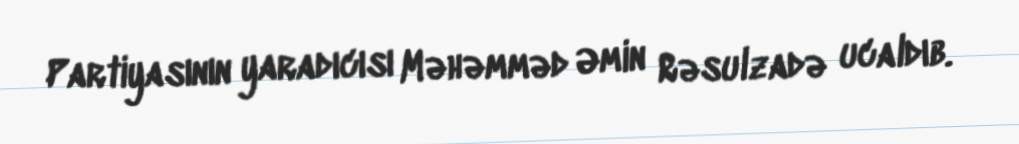
Partiyasının yaradıcısı Məhəmməd Əmin Rəsulzadə ucaldıb.